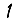
Digit: 1